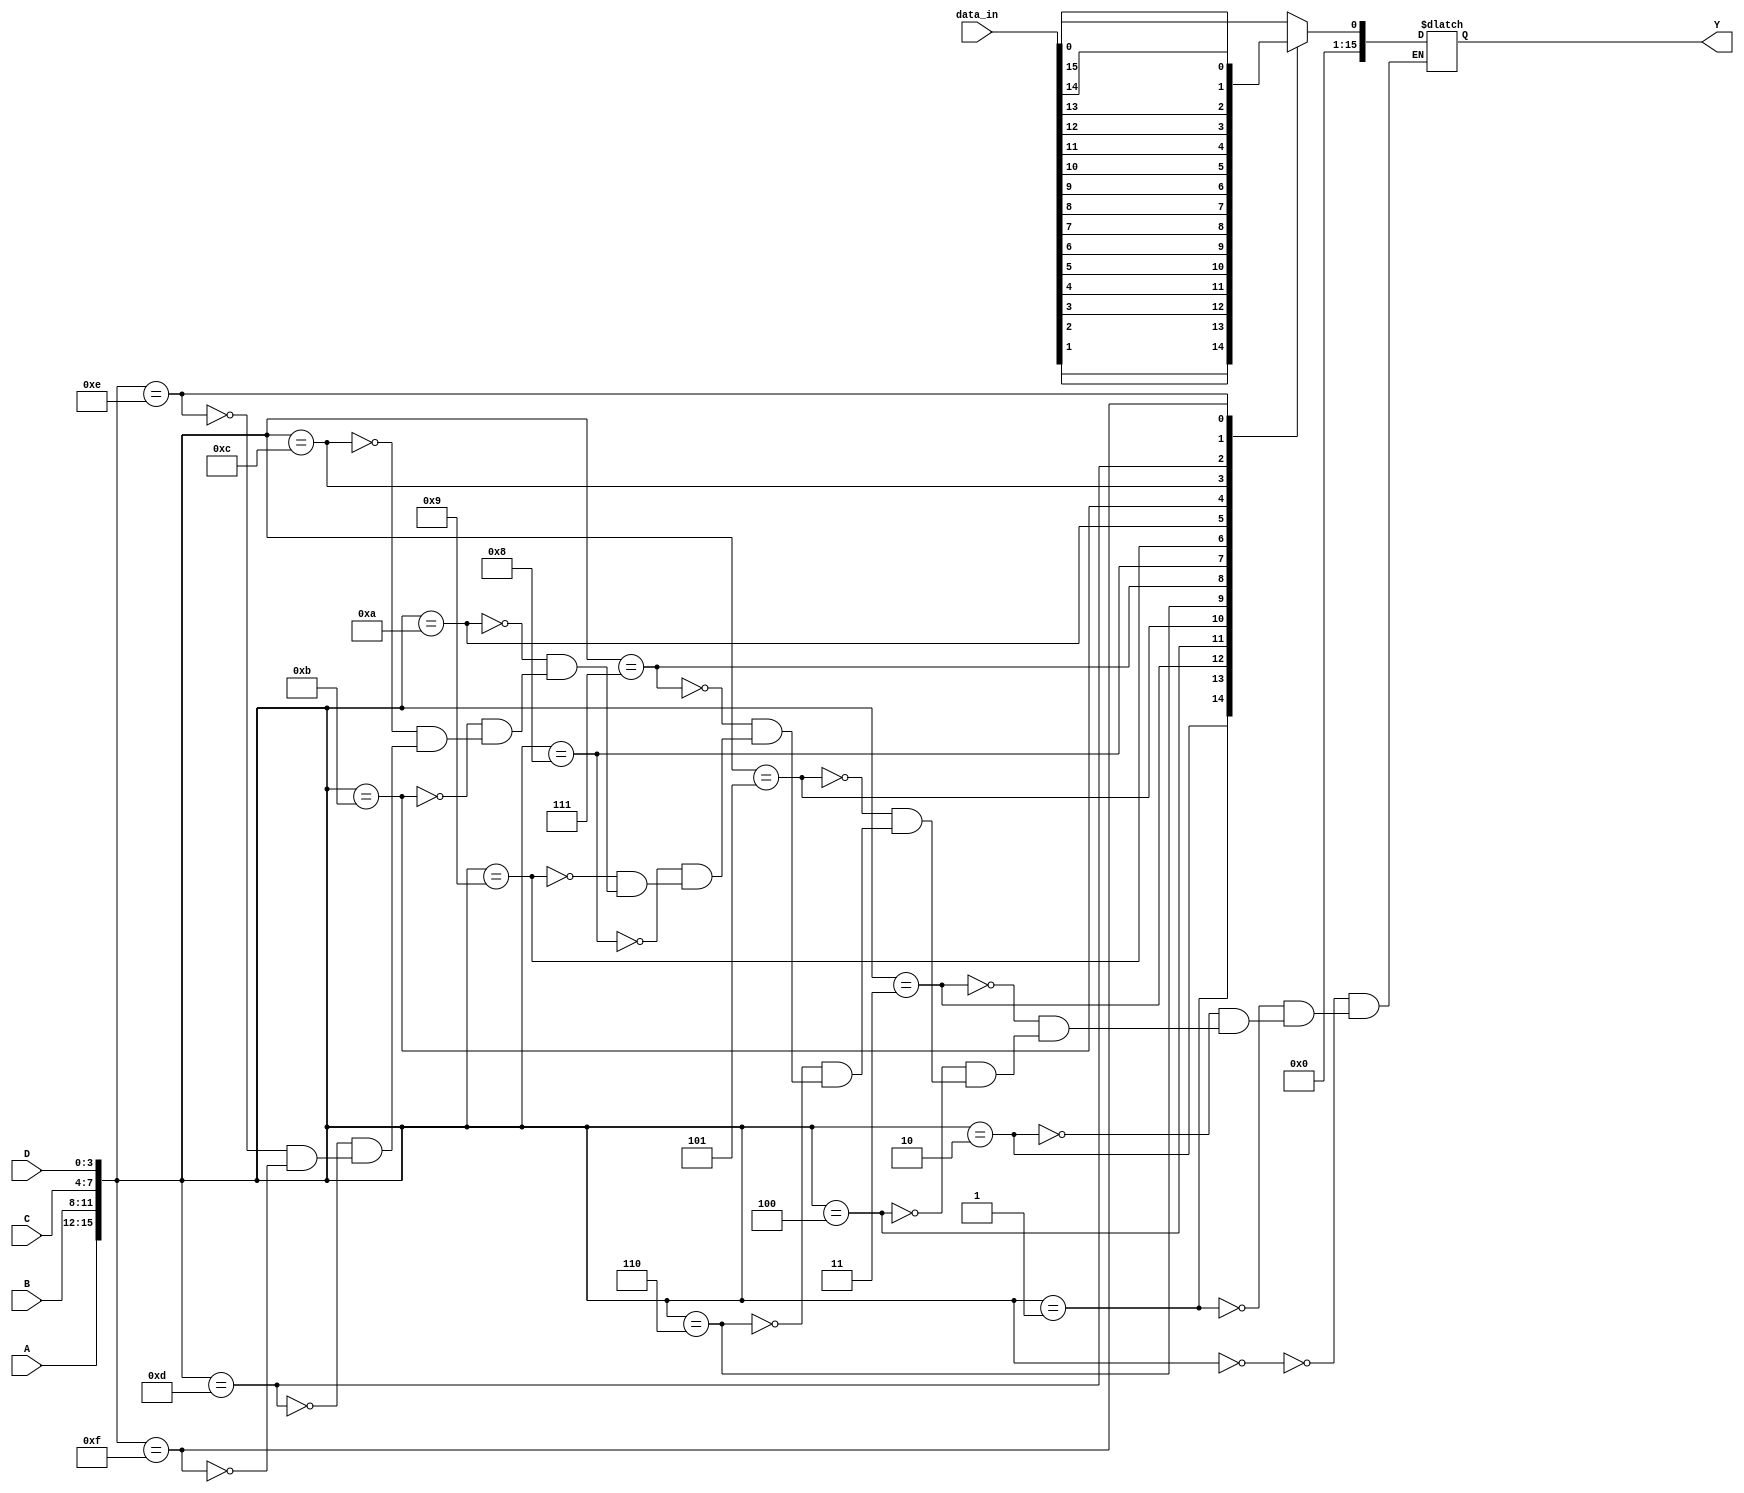
module demux4to16 (
    input [3:0] A, B, C, D,
    input [15:0] data_in,
    output reg [15:0] Y
);

always @(*) begin
    case({A, B, C, D})
        4'b0000: Y = data_in[0];
        4'b0001: Y = data_in[1];
        4'b0010: Y = data_in[2];
        4'b0011: Y = data_in[3];
        4'b0100: Y = data_in[4];
        4'b0101: Y = data_in[5];
        4'b0110: Y = data_in[6];
        4'b0111: Y = data_in[7];
        4'b1000: Y = data_in[8];
        4'b1001: Y = data_in[9];
        4'b1010: Y = data_in[10];
        4'b1011: Y = data_in[11];
        4'b1100: Y = data_in[12];
        4'b1101: Y = data_in[13];
        4'b1110: Y = data_in[14];
        4'b1111: Y = data_in[15];
    endcase
end

endmodule